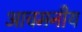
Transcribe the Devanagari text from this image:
आचमनीय